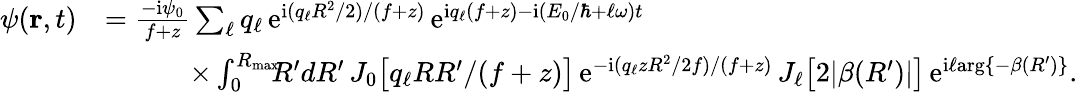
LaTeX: \begin{array}{rl}{\psi({\mathbf r},t)}&{=\frac{-\mathrm{i}\psi_{0}}{f+z}\sum_{\ell}q_{\ell}\, \mathrm{e}^{\mathrm{i}(q_{\ell}R^{2}/2)/(f+z)}\, \mathrm{e}^{\mathrm{i}q_{\ell}(f+z)-\mathrm{i}(E_{0}/\hbar+\ell\omega)t}}\\ &{\quad\quad\quad\times\int_{0}^{R_{\mathrm{max}}}\! \! \! R^{\prime}dR^{\prime}\, J_{0}\big[q_{\ell}RR^{\prime}/(f+z)\big]\, \mathrm{e}^{-\mathrm{i}(q_{\ell}zR^{2}/2f)/(f+z)}\, J_{\ell}\big[2|\beta(R^{\prime})|\big]\, \mathrm{e}^{\mathrm{i}\ell\mathrm{arg}\{ -\beta(R^{\prime})\} }.}\end{array}